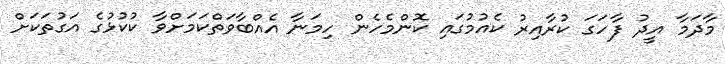
މާދަމާ އީދު ފާހަގަ ކުރާއިރު ކެއުމުގައި ކޮންމެހެން ހިމަނާ އެއްބާވަތްކަމަށްވާ ކުކުޅުގެ އަގުތަކަށް